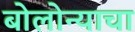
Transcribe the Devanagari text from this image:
बोलोन्याचा